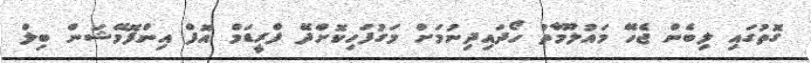
ގޮތުގައި ލިބެން ޖެހޭ މައުލޫމާތު ހޯދައިދިނުމަށް މަގުފަހިކޮށްދޭ ފްރީޑަމް އޮފް އިންފޮމޭޝަން ބިލް